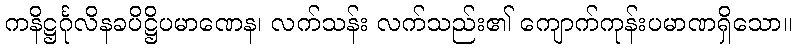
ကနိဋ္ဌင်္ဂုလိနခပိဋ္ဌိပမာဏေန၊ လက်သန်း လက်သည်း၏ ကျောက်ကုန်းပမာဏရှိသော။